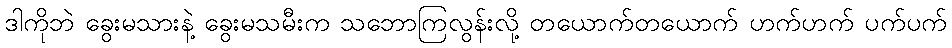
ဒါကိုဘဲ ခွေးမသားနဲ့ ခွေးမသမီးက သဘောကြလွန်းလို့ တယောက်တယောက် ဟက်ဟက် ပက်ပက်